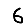
Digit: 6